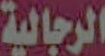
الرجالية